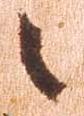
々